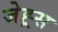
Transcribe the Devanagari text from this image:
जेह्र्स